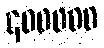
၄၀၀၀၀၀